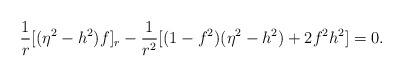
LaTeX: \begin{align*}\frac{1}{r} [(\eta^2 -h^2)f]_r -\frac{1}{r^2} [(1-f^2)(\eta^2 -h^2) +2f^2 h^2] =0.\end{align*}